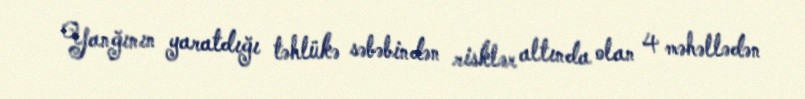
Yanğının yaratdığı təhlükə səbəbindən risklər altında olan 4 məhəllədən